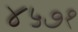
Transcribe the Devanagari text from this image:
४५७१